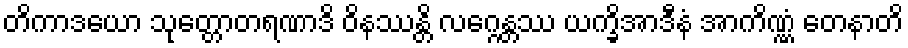
တိကာဒယော သုတ္တောတရဏာဒိ ဝိနဿန္တိ လဂ္ဂေန္တဿ ယက္ခိအာဒီနံ အာကိဏ္ဏံ တေနာတိ